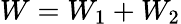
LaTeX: W=W_{1}+W_{2}